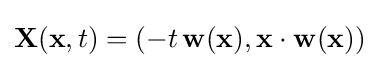
{\mathbf {X} }({\mathbf {x} },t)=(-t\,{\mathbf {w} }({\mathbf {x} }),{\mathbf {x} }\cdot {\mathbf {w} }({\mathbf {x} }))